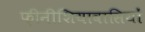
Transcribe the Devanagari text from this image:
फ़ीनीशियावासियों